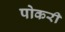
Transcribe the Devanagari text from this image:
पोकरी